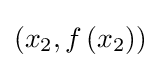
\left(x_{2},f\left(x_{2}\right)\right)